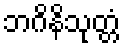
ဘဂိနိသုတ္တံ